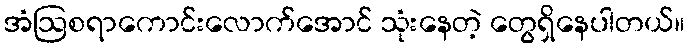
အံဩစရာကောင်းလောက်အောင် သုံးနေတဲ့ တွေရှိနေပါတယ်။